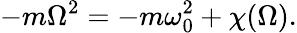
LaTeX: -m\Omega^{2}=-m\omega_{0}^{2}+\chi(\Omega).